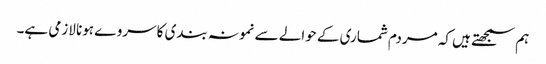
ہم سمجھتے ہیں کہ مردم شماری کے حوالے سے نمونہ بندی کا سروے ہونا لازمی ہے۔